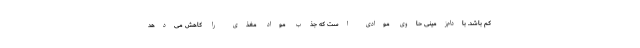
کم باشد. بادام‌زمینی حاوی موادی است که جذب مواد مغذی را کاهش می‌دهد